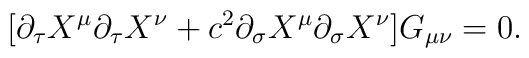
[\partial_{\tau}X^{\mu}\partial_{\tau}X^{\nu} +c^{2}\partial_{\sigma}X^{\mu}\partial_{\sigma}X^{\nu}]G_{\mu \nu} = 0.